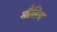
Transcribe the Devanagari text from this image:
मौलिम